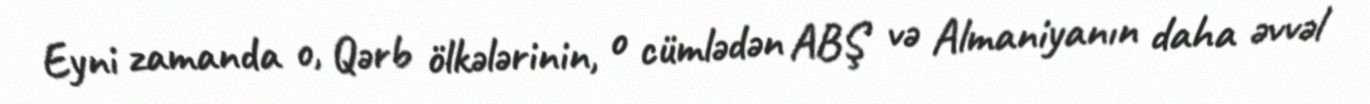
Eyni zamanda o, Qərb ölkələrinin, o cümlədən ABŞ və Almaniyanın daha əvvəl